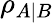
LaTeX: \rho_{A|B}